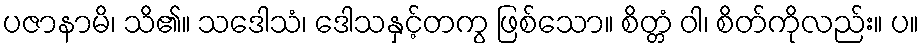
ပဇာနာမိ၊ သိ၏။ သဒေါသံ၊ ဒေါသနှင့်တကွ ဖြစ်သော။ စိတ္တံ ဝါ၊ စိတ်ကိုလည်း။ ပ။